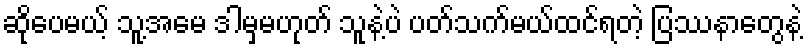
ဆိုပေမယ့် သူ့အမေ ဒါမှမဟုတ် သူနဲ့ပဲ ပတ်သက်မယ်ထင်ရတဲ့ ပြဿနာတွေနဲ့